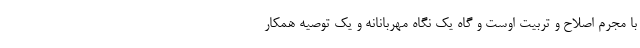
با مجرم اصلاح و تربیت اوست و گاه یک نگاه مهربانانه و یک توصیه همکار